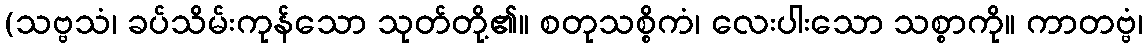
(သဗ္ဗသံ၊ ခပ်သိမ်းကုန်သော သုတ်တို့၏။ စတုသစ္စိကံ၊ လေးပါးသော သစ္စာကို။ ကာတဗ္ဗံ၊